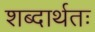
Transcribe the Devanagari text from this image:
शब्दार्थतः